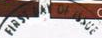
FIRST DAY OF RESUE